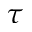
\tau